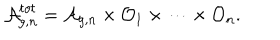
LaTeX: { \cal A } _ { g , n } ^ { t o t } = { \cal A } _ { g , n } \times { \cal O } _ { 1 } \times \dots \times { \cal O } _ { n } .